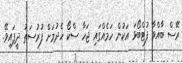
ރޭސް ބާއްވާ ފުޓްބޯޅަ އަކުން ހަމެއްގައި ޖަހާ ސްކޯ ހެދުމަށް ފުރުސަތު ދީފައިވޭ.